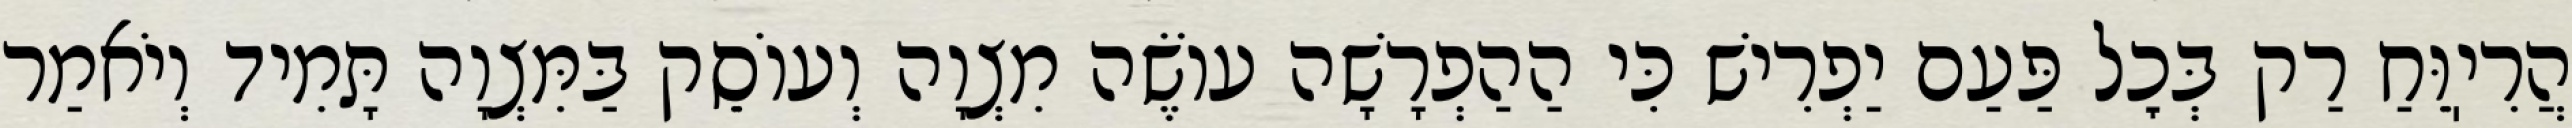
הֲרִיֽוֵּחַ רַק בְּכׇל פַּעַם יַפְרִישׁ כִּי הַהַפְרָשָׁה עוֹשֶׂה מִצְוָה וְעוֹסֵק בַּמִּצְוָה תָּמִיד וְיֹאמַר